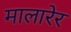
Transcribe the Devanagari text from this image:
मालारेर